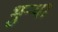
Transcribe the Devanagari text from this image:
भुर्‍या